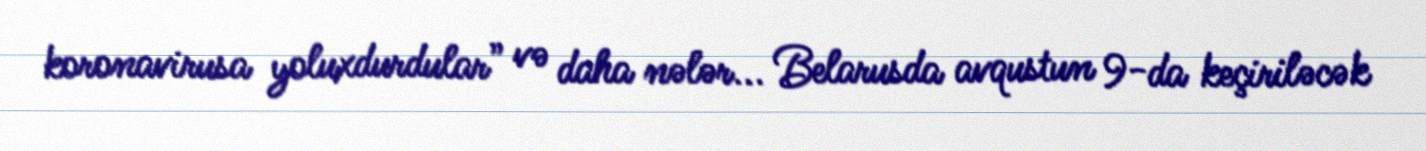
koronavirusa yoluxdurdular” və daha nələr... Belarusda avqustun 9-da keçiriləcək